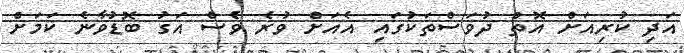
އަދި ކުރިއަށް އޮތް ދުވަސްތަކުގައި އެއަށް ވުރެ ވެސް އަގު ބޮޑުވާނެ ކަމަށް